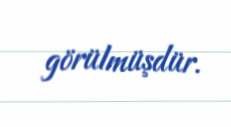
görülmüşdür.